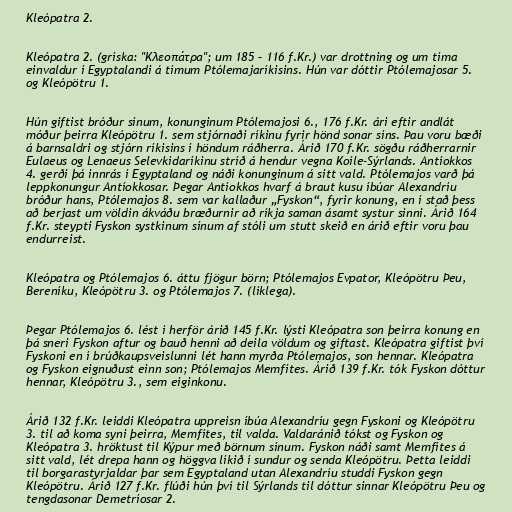
Kleópatra 2.

Kleópatra 2. (gríska: "Κλεοπάτρα"; um 185 – 116 f.Kr.) var drottning og um tíma
einvaldur í Egyptalandi á tímum Ptólemajaríkisins. Hún var dóttir Ptólemajosar 5.
og Kleópötru 1.

Hún giftist bróður sínum, konunginum Ptólemajosi 6., 176 f.Kr. ári eftir andlát
móður þeirra Kleópötru 1. sem stjórnaði ríkinu fyrir hönd sonar síns. Þau voru bæði
á barnsaldri og stjórn ríkisins í höndum ráðherra. Árið 170 f.Kr. sögðu ráðherrarnir
Eulaeus og Lenaeus Selevkídaríkinu stríð á hendur vegna Koíle-Sýrlands. Antíokkos
4. gerði þá innrás í Egyptaland og náði konunginum á sitt vald. Ptólemajos varð þá
leppkonungur Antíokkosar. Þegar Antíokkos hvarf á braut kusu íbúar Alexandríu
bróður hans, Ptólemajos 8. sem var kallaður „Fyskon“, fyrir konung, en í stað þess
að berjast um völdin ákváðu bræðurnir að ríkja saman ásamt systur sinni. Árið 164
f.Kr. steypti Fyskon systkinum sínum af stóli um stutt skeið en árið eftir voru þau
endurreist.

Kleópatra og Ptólemajos 6. áttu fjögur börn; Ptólemajos Evpator, Kleópötru Þeu,
Bereníku, Kleópötru 3. og Ptólemajos 7. (líklega).

Þegar Ptólemajos 6. lést í herför árið 145 f.Kr. lýsti Kleópatra son þeirra konung en
þá sneri Fyskon aftur og bauð henni að deila völdum og giftast. Kleópatra giftist því
Fyskoni en í brúðkaupsveislunni lét hann myrða Ptólemajos, son hennar. Kleópatra
og Fyskon eignuðust einn son; Ptólemajos Memfítes. Árið 139 f.Kr. tók Fyskon dóttur
hennar, Kleópötru 3., sem eiginkonu.

Árið 132 f.Kr. leiddi Kleópatra uppreisn íbúa Alexandríu gegn Fyskoni og Kleópötru
3. til að koma syni þeirra, Memfítes, til valda. Valdaránið tókst og Fyskon og
Kleópatra 3. hröktust til Kýpur með börnum sínum. Fyskon náði samt Memfítes á
sitt vald, lét drepa hann og höggva líkið í sundur og senda Kleópötru. Þetta leiddi
til borgarastyrjaldar þar sem Egyptaland utan Alexandríu studdi Fyskon gegn
Kleópötru. Árið 127 f.Kr. flúði hún því til Sýrlands til dóttur sinnar Kleópötru Þeu og
tengdasonar Demetríosar 2.